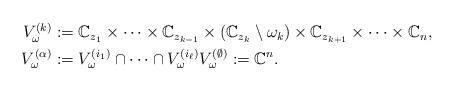
LaTeX: \begin{align*}\begin{aligned}V_\omega^{(k)} &:= \mathbb{C}_{z_1} \times \dots \times \mathbb{C}_{z_{k-1}} \times(\mathbb{C}_{z_k} \setminus \omega_k)\times \mathbb{C}_{z_{k+1}} \times \dots \times \mathbb{C}_n,\\V_\omega^{(\alpha)} &:= V_\omega^{(i_1)} \cap \dots \cap V_\omega^{(i_\ell)} V_\omega^{(\emptyset)} := \mathbb{C}^n.\end{aligned}\end{align*}